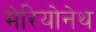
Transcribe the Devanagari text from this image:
मेरियोनेथ